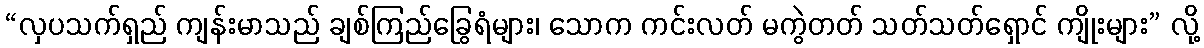
“လှပသက်ရှည် ကျန်းမာသည် ချစ်ကြည်ခြွေရံများ၊ သောက ကင်းလတ် မကွဲတတ် သတ်သတ်ရှောင် ကျိုးများ” လို့